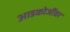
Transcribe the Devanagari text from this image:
आडकोजींवर